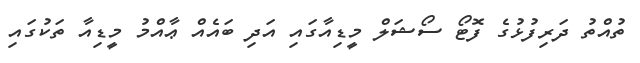
ތުއްތު ދަރިފުޅުގެ ފޮޓޯ ސޯޝަލް މީޑިއާގައި އަދި ބައެއް ޢާއްމު މީޑިއާ ތަކުގައި